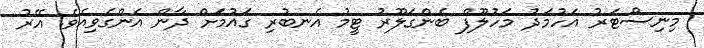
މިނިސްޓަރު އަހުމަދު މަހުލޫފް ބެންގަލޫރު ޓީމު އެނބުރި ގައުމަށް ދާން އެންގެވިއެވެ. އޭރު